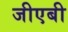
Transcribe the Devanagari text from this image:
जीएबी